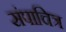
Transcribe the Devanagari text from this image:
संपाचित्र